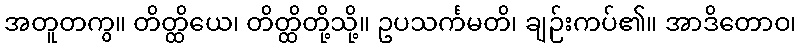
အတူတကွ။ တိတ္ထိယေ၊ တိတ္ထိတို့သို့။ ဥပသင်္ကမတိ၊ ချဉ်းကပ်၏။ အာဒိတောဝ၊